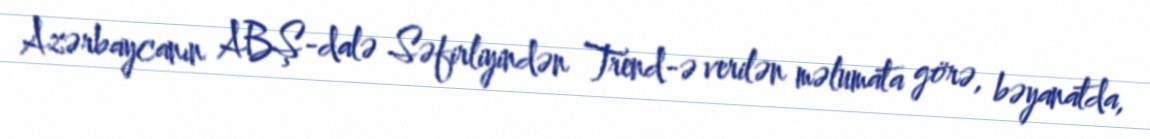
Azərbaycanın ABŞ-dalə Səfirliyindən Trend-ə verilən məlumata görə, bəyanatda,